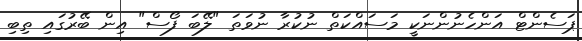
ޕަސެންޓް އަންހެނުންނަކީ މަސައްކަތް ނުކުރާ ނުވަތަ "ލޭބަ ފޯސް" އިން ބޭރުގައި ތިބި